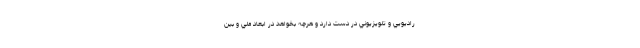
راديويي و تلويزيوني در دست دارد و هرچه بخواهد در ابعاد ملي و بين‌